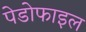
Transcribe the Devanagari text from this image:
पेडोफाइल